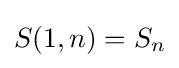
S(1,n)=S_{n}